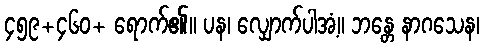
၄၅၉+၄၆၀+ ရောက်၏။ ပန၊ လျှောက်ပါအံ့။ ဘန္တေ နာဂသေန၊